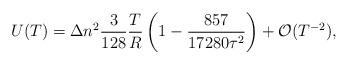
LaTeX: \begin{align*}U(T)= \Delta n^2 \frac{3}{128}\frac{T}{R}\left ( 1-\frac{857}{17280\tau ^2} \right ) +{\cal O}(T^{-2}){,}\end{align*}